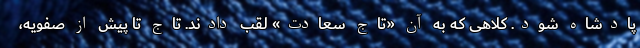
پادشاه شود. کلاهی که به آن «تاج سعادت» لقب دادند. تاج تا پیش از صفویه،